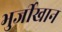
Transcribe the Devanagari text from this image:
भुर्जीखान